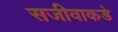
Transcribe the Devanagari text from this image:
सजीवाकडे